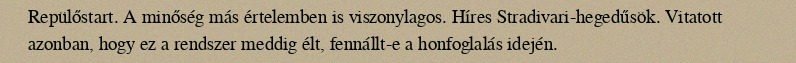
Repülőstart. A minőség más értelemben is viszonylagos. Híres Stradivari-hegedűsök. Vitatott azonban, hogy ez a rendszer meddig élt, fennállt-e a honfoglalás idején.